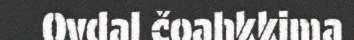
Ovdal čoahkkima